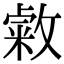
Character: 敹